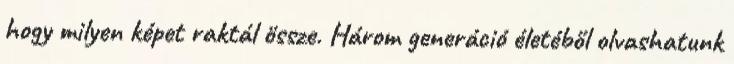
hogy milyen képet raktál össze. Három generáció életéből olvashatunk